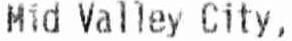
MID VALLEY CITY,